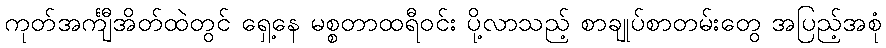
ကုတ်အင်္ကျီအိတ်ထဲတွင် ရှေ့နေ မစ္စတာထရီဝင်း ပို့လာသည့် စာချုပ်စာတမ်းတွေ အပြည့်အစုံ